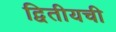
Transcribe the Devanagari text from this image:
द्वितीयची